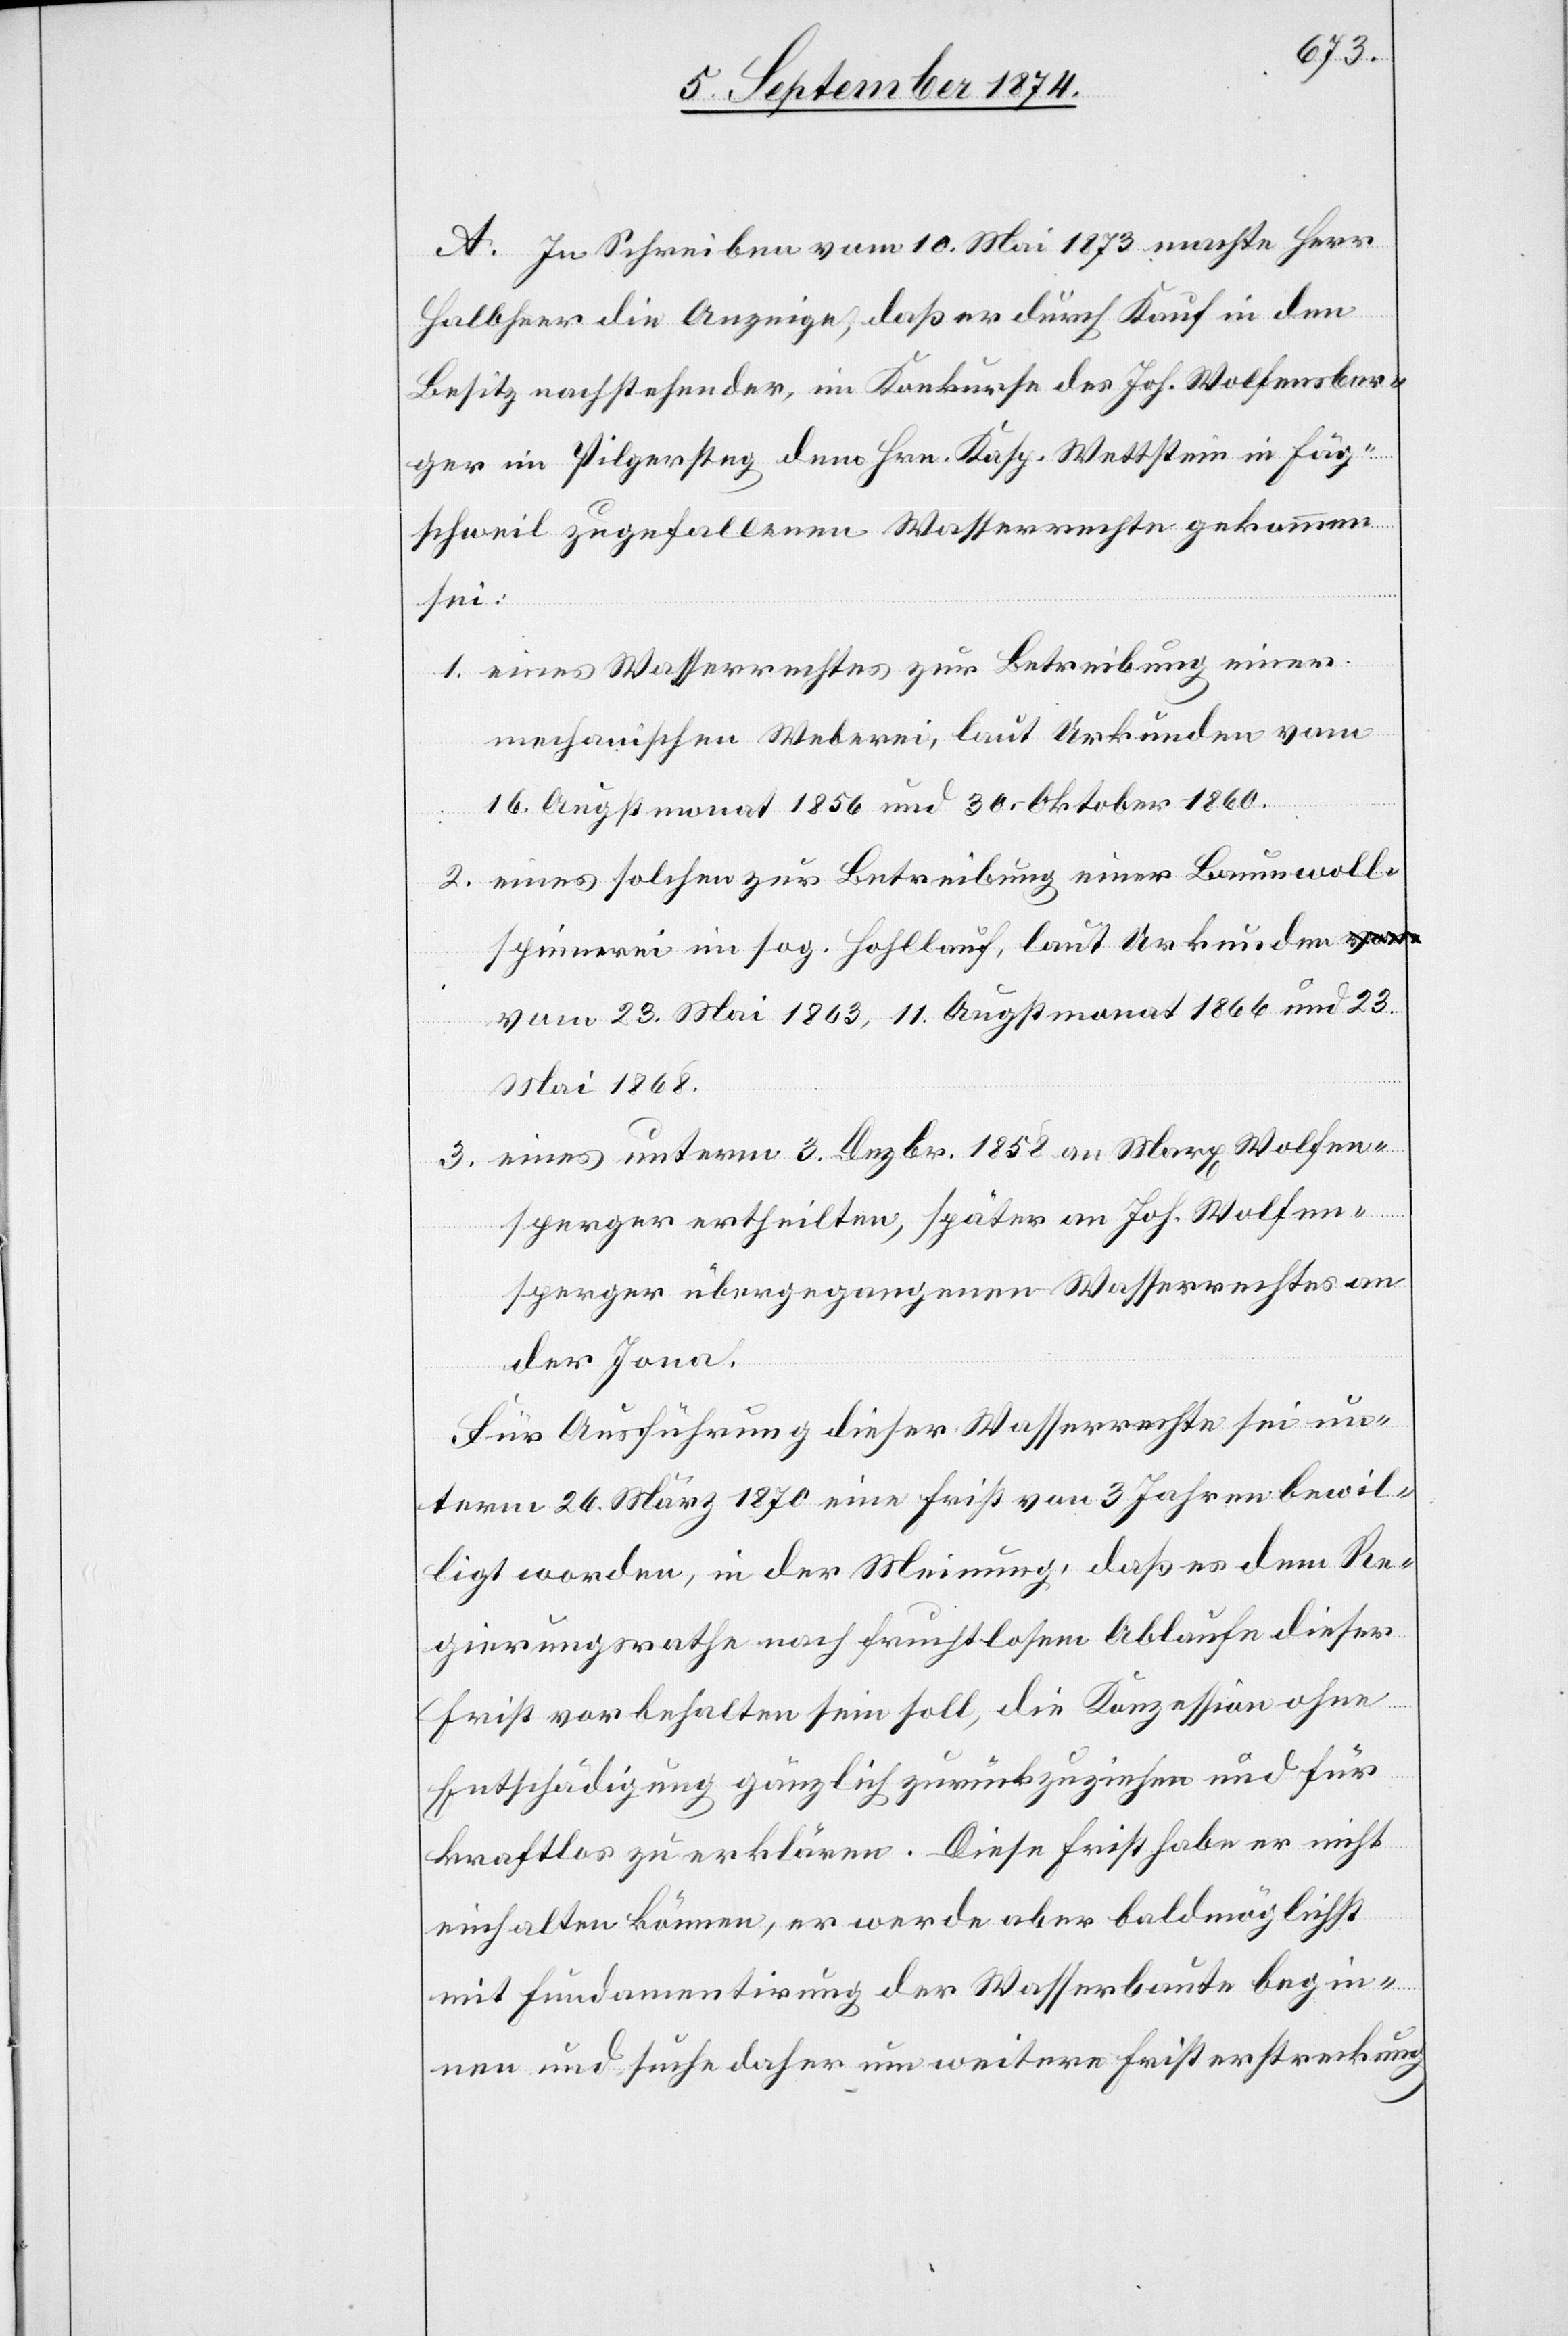
A. In Schreiben vom 10. Mai 1873 machte Herr
Halbheer die Anzeige, daß er durch Kauf in den
Besitz nachstehender, im Konkurse des Joh. Wolfensber¬
ger in Pilgersteg dem Hrn. Kasp. Wettstein in Fäg¬
schweil zugefallenen Wasserrechte gekommen
sei:
1. eines Wasserrechtes zur Betreibung einer
mechanischen Weberei, laut Urkunden vom
16. Augstmonat 1856 und 30. Oktober 1860.
2. eines solchen zur Betreibung einer Baumwoll¬
spinnerei im sog. Hohllauf, laut Urkunden v¬
om 23. Mai 1863, 11. Augstmonat 1866 und 23
Mai 1868.
3. eines unterm 3. Dezbr. 1858 an Marx Wolfen¬
sperger ertheilten, später an Joh. Wolfen¬
sperger [sic!] übergegangenen Wasserrechtes an
der Jona.
Für Ausführung dieser Wasserrechte sei un¬
term 26. März 1870 eine Frist von 3 Jahren bewil¬
ligt worden, in der Meinung, daß es dem Re¬
gierungsrathe nach fruchtlosem Ablaufe dieser
Frist vorbehalten sein soll, die Konzession ohne
Entschädigung gänzlich zurückzuziehen und für
kraftlos zu erklären. Diese Frist habe er nicht
einhalten können, er werde aber baldmöglichst
mit Fundamentirung der Wasserbaute begin¬
nen und suche daher um weitere Fristerstreckung